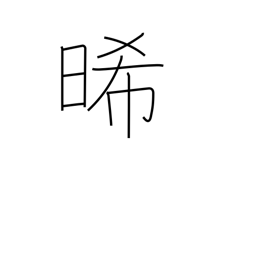
Meaning: dry out